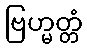
ဗြဟ္မတ္တံ